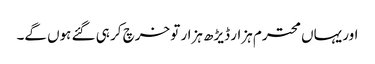
اور یہاں محترم ہزار ڈیڑھ ہزار تو خرچ کر ہی گئے ہوں گے۔